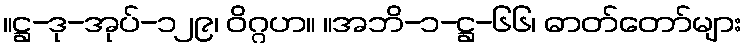
။ဋ္ဌ-ဒု-အုပ်-၁၂၉၊ ဝိဂ္ဂဟ။ ။အဘိ-၁-ဋ္ဌ-၆၆၊ ဓာတ်တော်များ